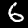
Digit: 6